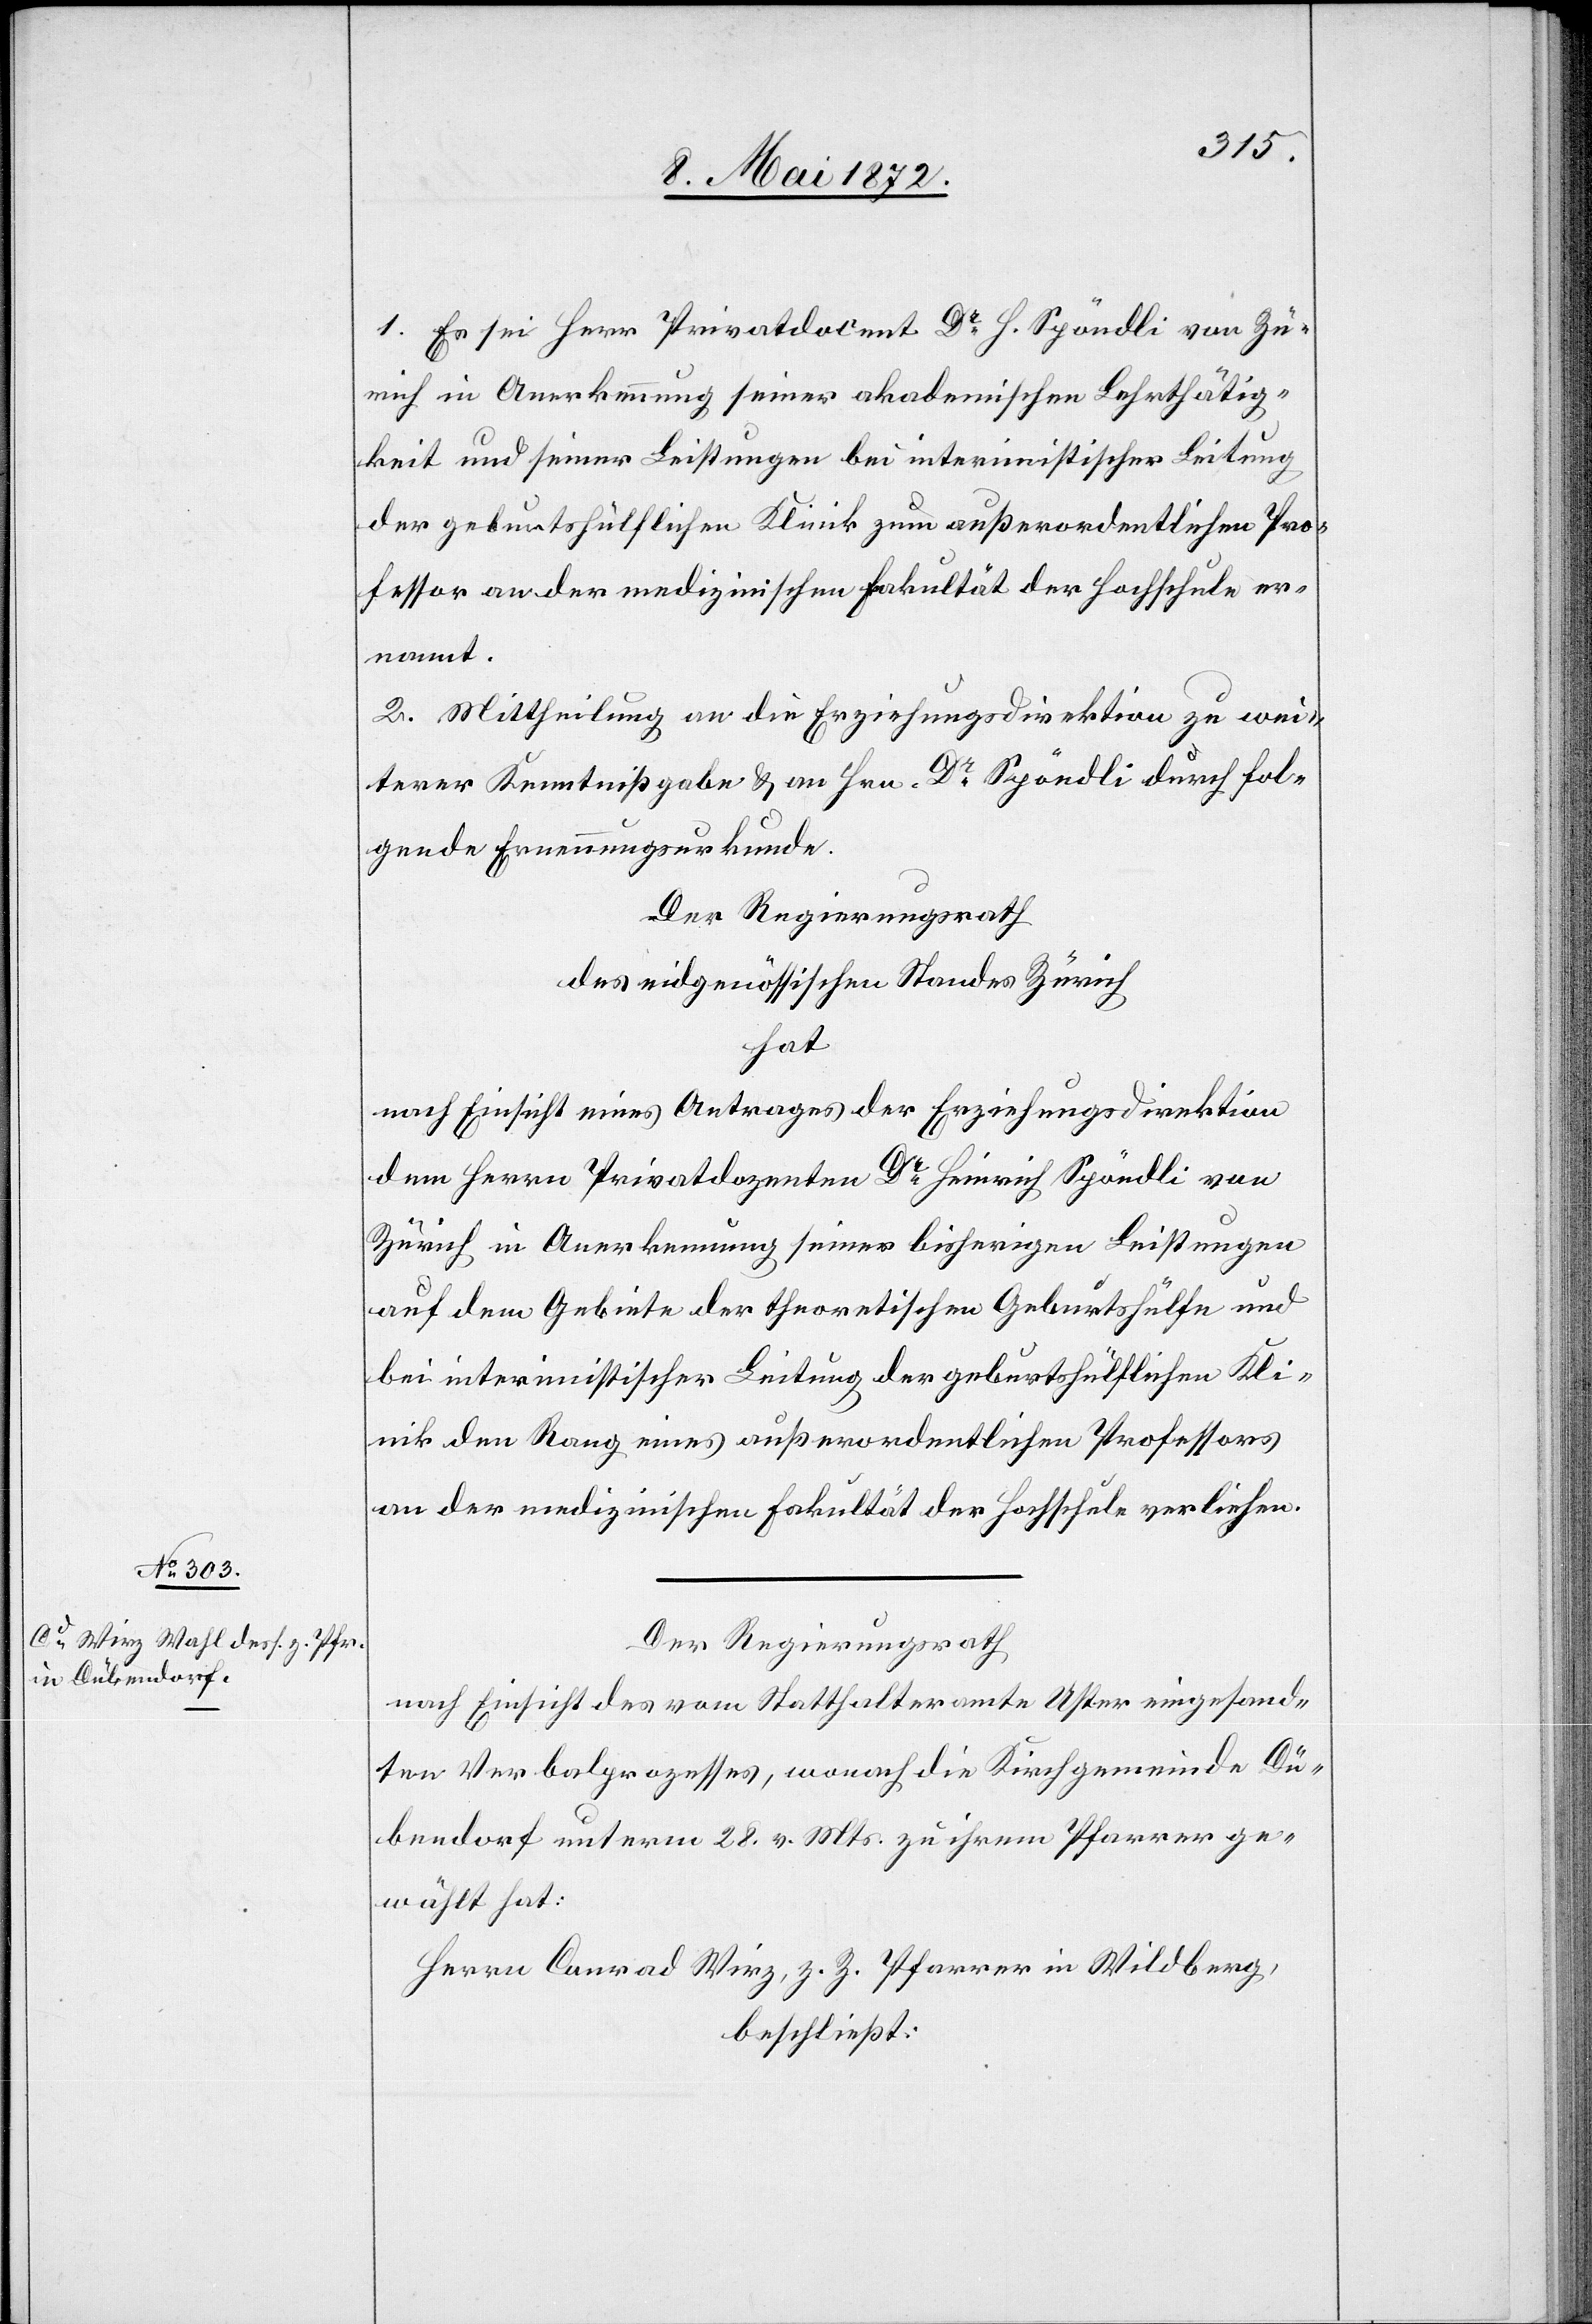
1. Es sei Herr Privatdozent Dr. H. Spöndli von Zü¬
rich in Anerkennung seiner akademischen Lehrthätig¬
keit und seiner Leistungen bei interimistischer Leitung
der geburtshülflichen Klinik zum außerordentlichen Pro¬
fessor an der medizinischen Fakultät der Hochschule er¬
nannt.
2. Mittheilung an die Erziehungsdirektion zu wei¬
terer Kenntnißgabe u. an Hrn. Dr. Spöndli durch fol¬
gende Ernennungsurkunde.
Der Regierungsrath
des eidgenössischen Standes Zürich
hat
nach Einsicht eines Antrages der Erziehungsdirektion
dem Herrn Privatdozenten Dr. Heinrich Spöndli von
Zürich in Anerkennung seiner bisherigen Leistungen
auf dem Gebiete der theoretischen Geburtshülfe und
bei interimistischer Leitung der geburtshülflichen Kli¬
nik den Rang eines außerordentlichen Professors
an der medizinischen Fakultät der Hochschule verliehen.
Der Regierungsrath
nach Einsicht des vom Statthalteramte Uster eingesand¬
ten Verbalprozesses, wonach die Kirchgemeinde Dü¬
bendorf unterm 28. v. Mts. zu ihrem Pfarrer ge¬
wählt hat:
Herrn Conrad Wirz, z Z. Pfarrer in Wildberg,
beschließt: